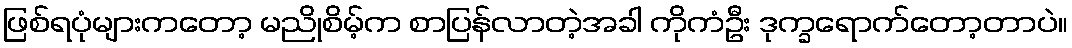
ဖြစ်ရပုံများကတော့ မညိုစိမ့်က စာပြန်လာတဲ့အခါ ကိုကံဦး ဒုက္ခရောက်တော့တာပဲ။